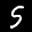
Label: 5